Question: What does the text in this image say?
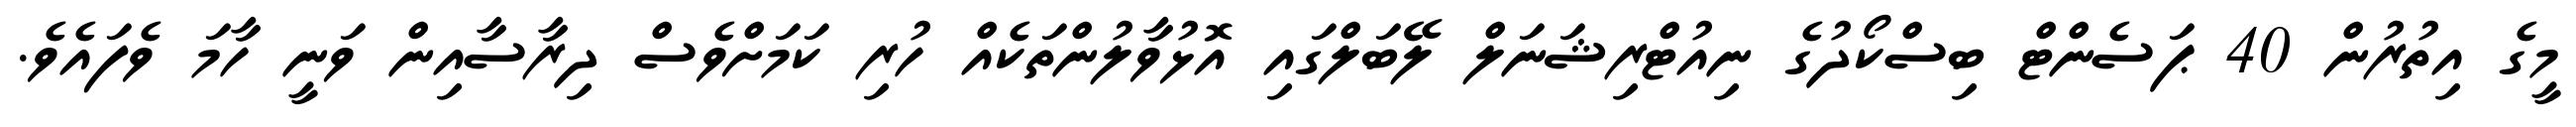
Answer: މީގެ އިތުރުން 40 ޕަސެންޓް ބިސްކޯދުގެ ނިއުޓްރިޝަނަލް ލޭބަލްގައި އޮޅުވާލުންތަކެއް ހުރި ކަމަށްވެސް ދިރާސާއިން ވަނީ ހާމަ ވެފައެވެ.